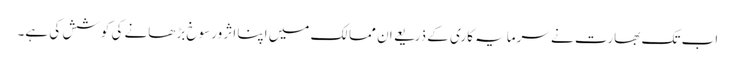
اب تک بھارت نے سرمایہ کاری کے ذریعے ان ممالک میں اپنا اثر ورسوخ بڑھانے کی کوشش کی ہے۔